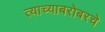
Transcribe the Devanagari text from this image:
त्याच्याबरोबरचे